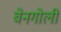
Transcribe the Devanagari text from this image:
वेनगोली